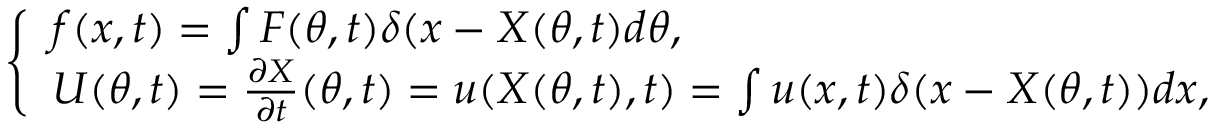
\left\{ \begin{array} { l } { \boldsymbol { f } ( \boldsymbol { x } , t ) = \int \boldsymbol { F } ( \boldsymbol { \theta } , t ) \delta ( \boldsymbol { x } - \boldsymbol { X } ( \boldsymbol { \theta } , t ) d \boldsymbol { \theta } , } \\ { \boldsymbol U ( \boldsymbol \theta , t ) = \frac { \partial \boldsymbol { X } } { \partial t } ( \boldsymbol { \theta } , t ) = \boldsymbol { u } ( \boldsymbol { X } ( \boldsymbol { \theta } , t ) , t ) = \int \boldsymbol { u } ( \boldsymbol { x } , t ) \delta ( \boldsymbol { x } - \boldsymbol { X } ( \boldsymbol { \theta } , t ) ) d \boldsymbol { x } , } \end{array} \right.